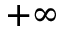
+ \infty